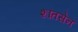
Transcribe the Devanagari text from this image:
शांतसेन